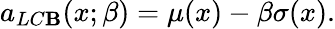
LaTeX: a_{LC\mathbf{B}}(x;\beta)=\mu(x)-\beta\sigma(x).